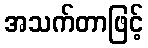
အသက်တာဖြင့်